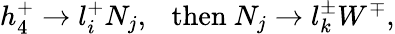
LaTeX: h_{4}^{+}\to l_{i}^{+}N_{j},~~~\mathrm{then}~N_{j}\to l_{k}^{\pm}W^{\mp},